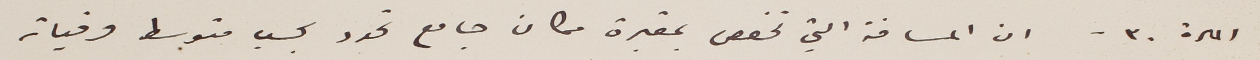
المادة: ٣٠ - ان المسافة الت تخصص بمقبرة مكان جامع تحدد بحسب متوسط وفيات